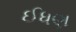
ઈધણ